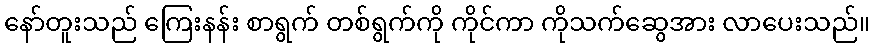
နော်တူးသည် ကြေးနန်း စာရွက် တစ်ရွက်ကို ကိုင်ကာ ကိုသက်ဆွေအား လာပေးသည်။